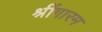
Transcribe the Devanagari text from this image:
श्रींगारम